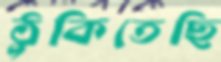
ঠুকিতেছি